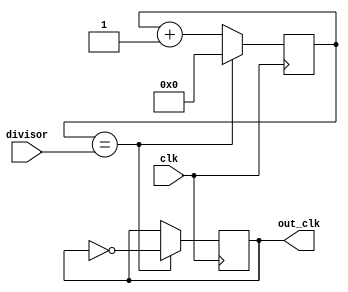
module ClockDivider(
    input wire clk,
    input wire [7:0] divisor,
    output reg out_clk
);

reg [7:0] counter;

always @(posedge clk) begin
    if (counter == divisor) begin
        counter <= 0;
        out_clk <= ~out_clk;
    end else begin
        counter <= counter + 1;
    end
end

endmodule